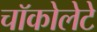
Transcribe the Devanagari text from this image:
चॉकोलेटे